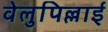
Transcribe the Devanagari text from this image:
वेलुपिल्लाई